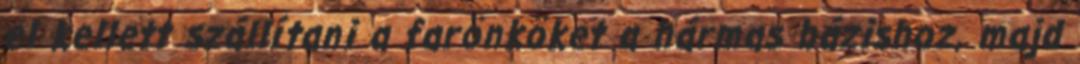
el kellett szállítani a farönköket a hármas bázishoz, majd